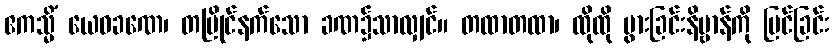
ဧကသ္မိံ ယေဝခဏေ၊ တပြိုင်နက်သော ခဏ၌သာလျှင်။ တထာတထာ၊ ထိုထို ပွားခြင်းနိဗ္ဗာန်ကို မြင်ခြင်း